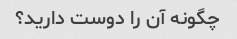
چگونه آن را دوست دارید؟